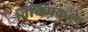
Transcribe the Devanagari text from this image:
विकिप्रकल्प